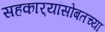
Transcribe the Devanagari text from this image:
सहकार्‍यांसोबतच्या